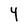
Character: 4